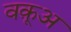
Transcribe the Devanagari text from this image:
वक़ूअ